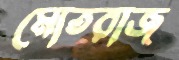
মোতরাজ